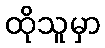
ထိုသူမှာ